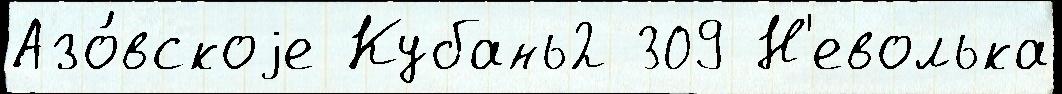
Азо́вскоjе Кубань2 309 Н'еволька